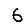
Digit: 6